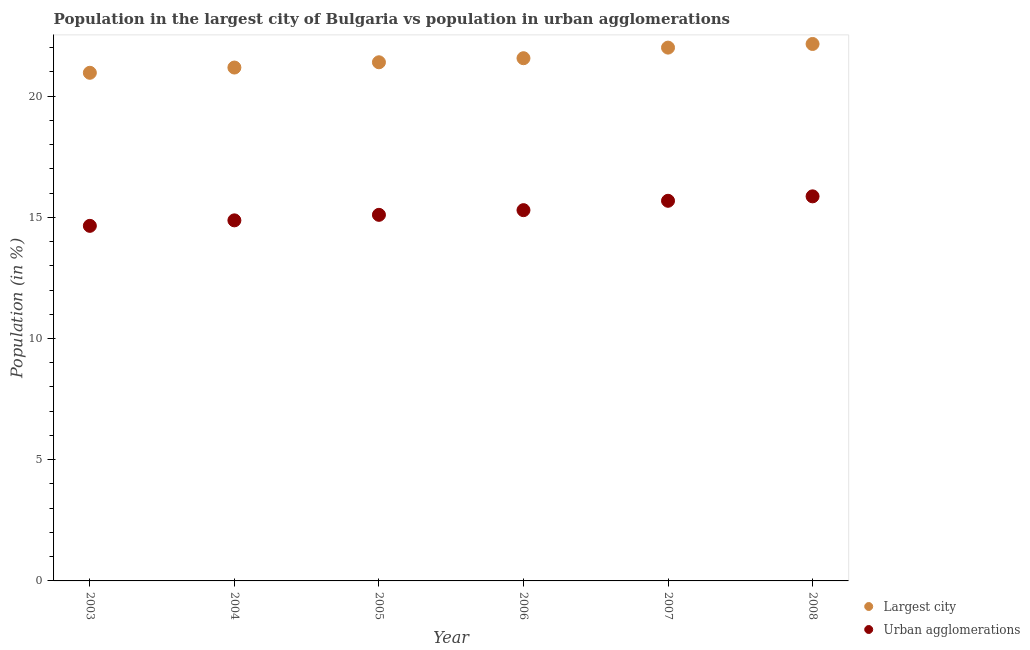
| Year | Largest city | Urban agglomerations |
 | --- | --- | --- |
 | 2003 | 21 | 14.6 |
 | 2004 | 21.2 | 14.9 |
 | 2005 | 21.4 | 15.1 |
 | 2006 | 21.6 | 15.3 |
 | 2007 | 22 | 15.7 |
 | 2008 | 22.2 | 15.9 |